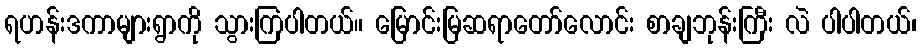
ရဟန်းဒကာများရွာကို သွားကြပါတယ်။ မြောင်းမြဆရာတော်လောင်း စာချဘုန်းကြီး လဲ ပါပါတယ်၊